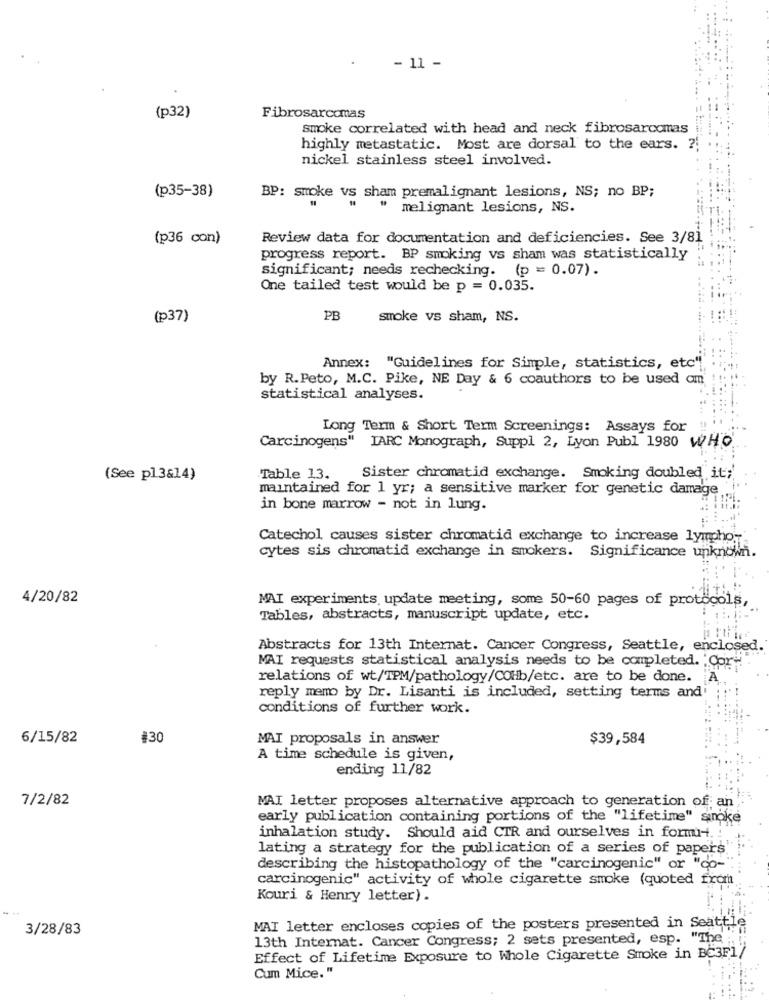
- 11 -
(p32)
Fibrosarcomas
smoke correlated with head and neck fibrosarcomas
highly metastatic. Most are dorsal to the ears. ?;
nickel stainless steel involved.
(p35-38)
BP: smoke vs sham premalignant lesions, NS; no BP;
melignant lesions, NS.
(p36 con)
Review data for documentation and deficiencies. See 3/81
progress report. BP smoking vs sham was statistically
significant; needs rechecking. (p = 0.07).
One tailed test would be p = 0.035.
(p37)
PB
smoke vs sham, NS.
Annex: "Guidelines for Simple, statistics, etc"
by R.Peto, M.C. Pike, NE Day & 6 coauthors to be used om
statistical analyses.
Long Term & Short Term Screenings: Assays for
Carcinogens" IARC Monograph, Suppl 2, Lyon Publ 1980 WHO
(See pl 3&14)
Table 13.
Sister chromatid exchange. Smoking doubled it;
maintained for 1 yr; a sensitive marker for genetic damage
in bone marrow - not in lung.
Catechol causes sister chromatid exchange to increase lympho-
Significance unknown.
cytes sis chromatid exchange in smokers.
4/20/82
MAI experiments update meeting, some 50-60 pages of protocols,
Tables, abstracts, manuscript update, etc.
Abstracts for 13th Internat. Cancer Congress, Seattle, enclosed.
MAI requests statistical analysis needs to be completed. 'Cor"
relations of wt/TPM/pathology/COHb/etc. are to be done. A
reply memo by Dr. Lisanti is included, setting terms and
conditions of further work.
6/15/82
#30
MAI proposals in answer
$39,584
A time schedule is given,
ending 11/82
7/2/82
MAI letter proposes alternative approach to generation of; an'
early publication containing portions of the "lifetime" sinoke
inhalation study. Should aid CTR and ourselves in formu -.
lating a strategy for the publication of a series of papers
describing the histopathology of the "carcinogenic" or "co-"
carcinogenic" activity of whole cigarette smoke (quoted from
Kouri & Henry letter).
3/28/83
MAI letter encloses copies of the posters presented in Seattle
13th Internat. Cancer Congress; 2 sets presented, esp. "The
Effect of Lifetime Exposure to Whole Cigarette Smoke in BC3F1/
Cum Mice."